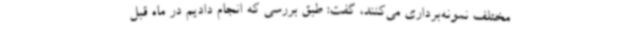
مختلف نمونه‌برداری می‌کنند، گفت: طبق بررسی که انجام دادیم در ماه قبل